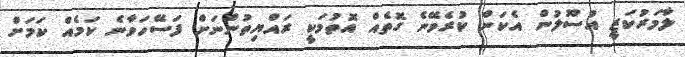
ލާމަރުކަޒީ އުސޫލުން އެކަން ކުރެވޭނެ ގޮތެއް އޮތުމަކީ ރައްޔިތުންނަށް ފަސޭހަވާނެ ކަމެއް ކަމަށް